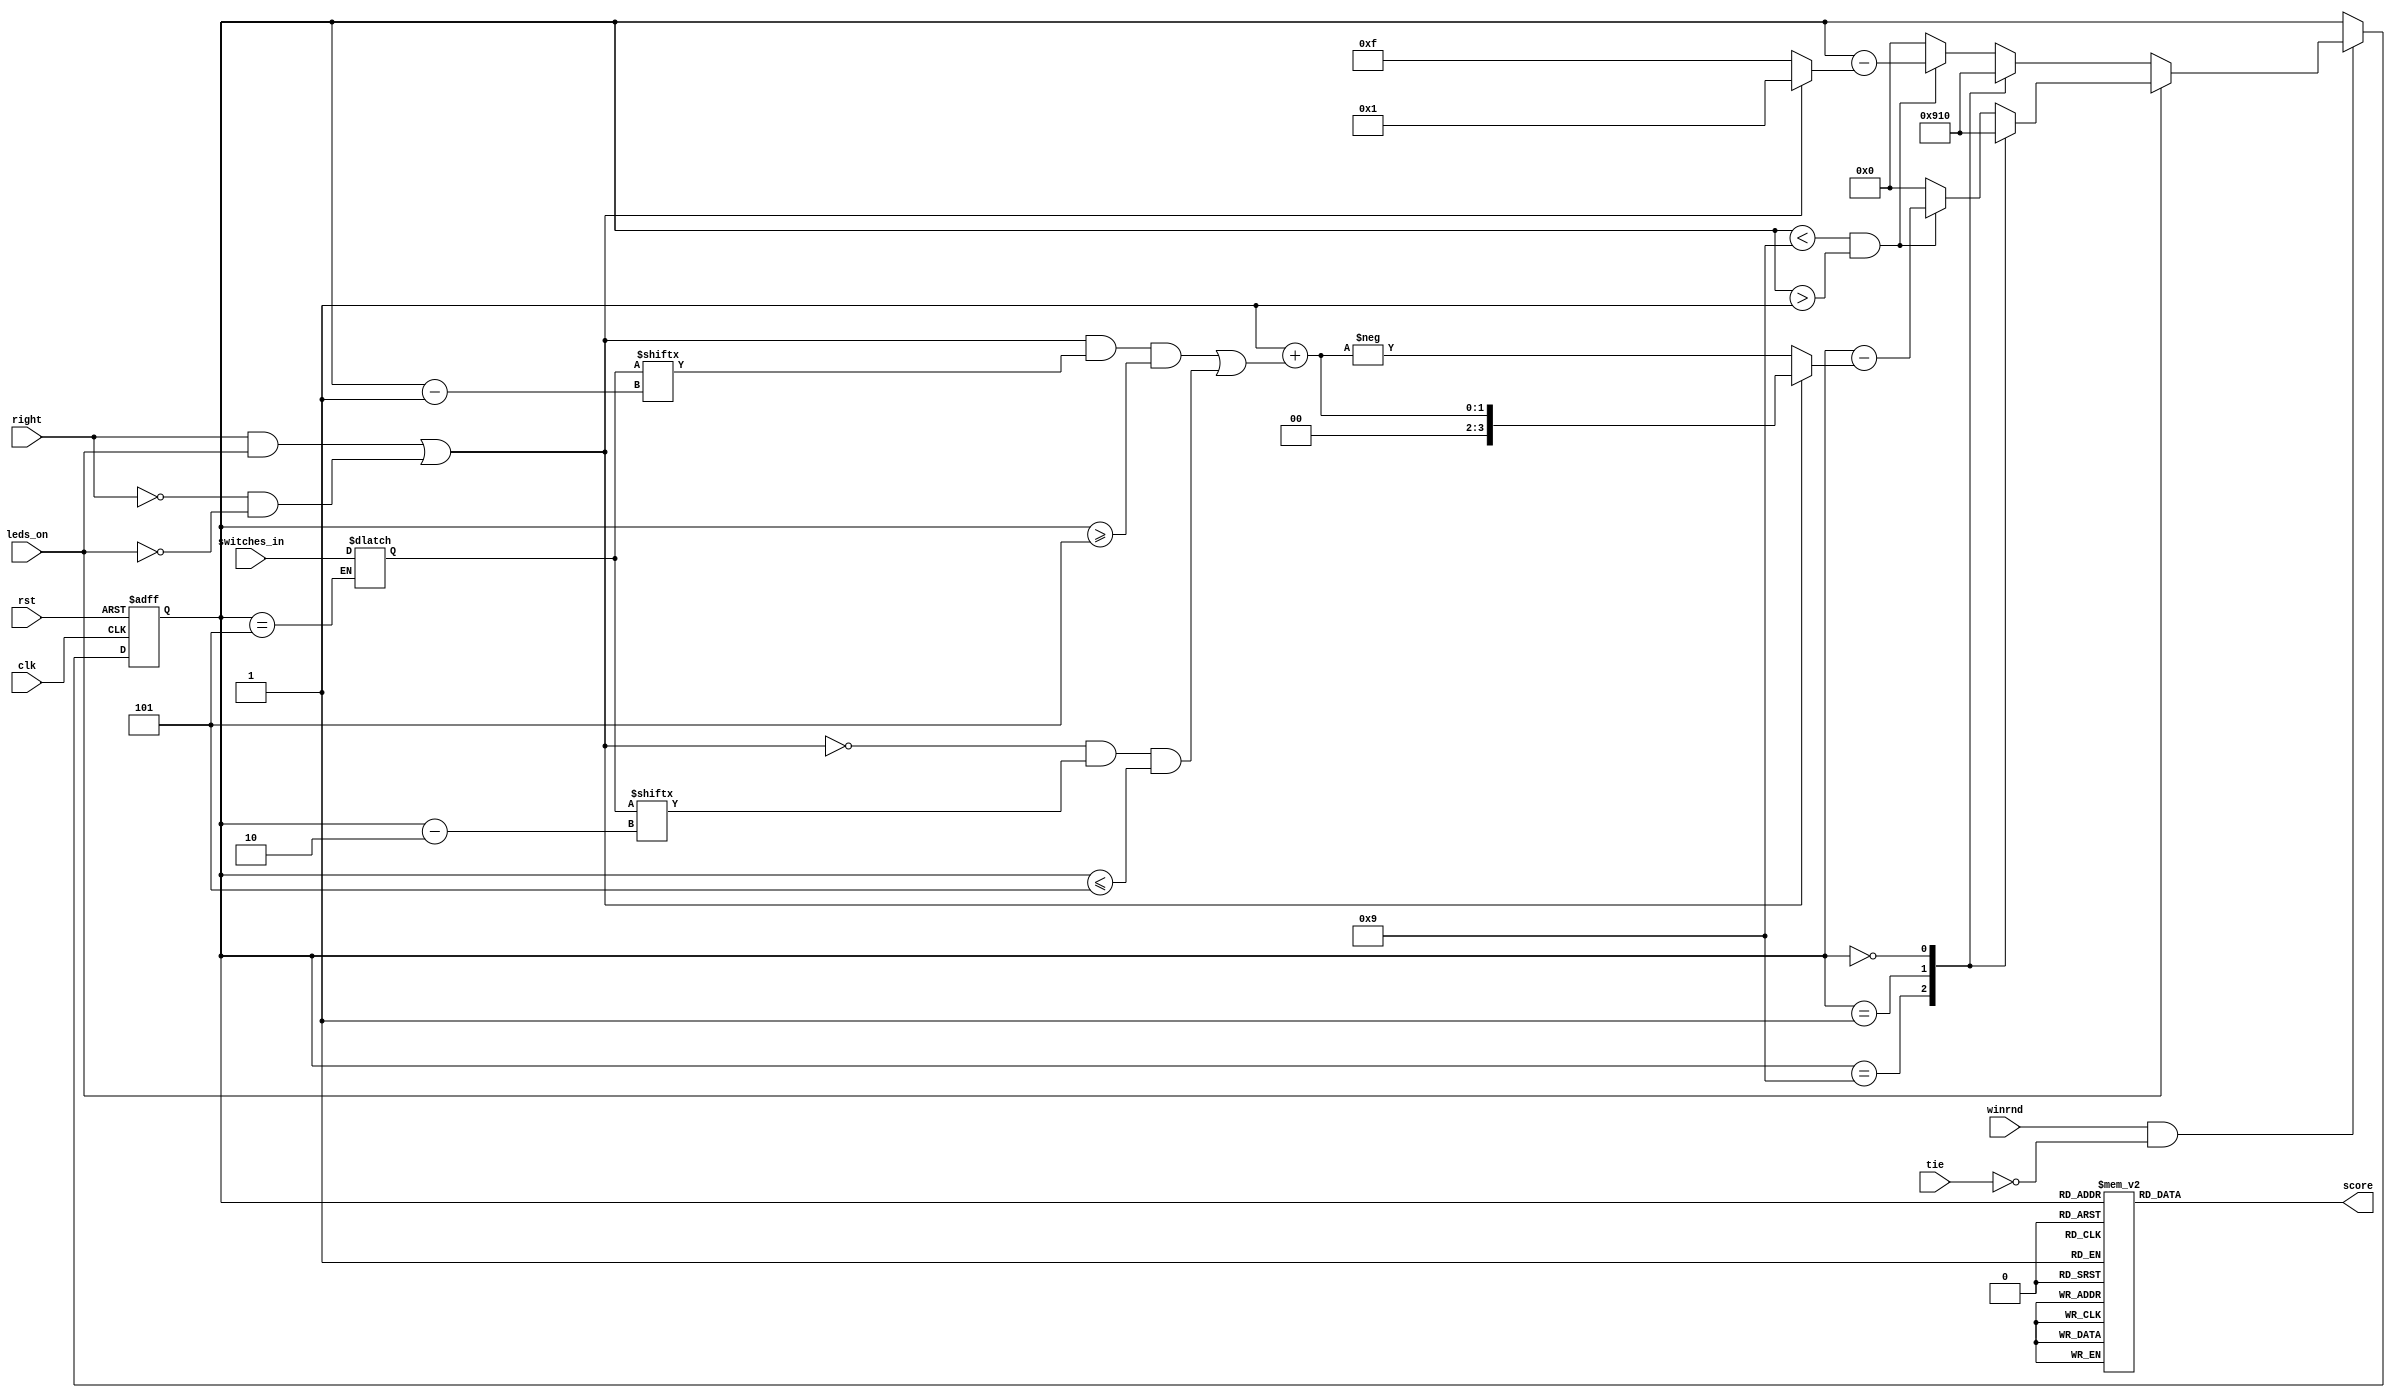
/*
	Authors: Darren Stahl, Hasith Vidanamadura, Robert Nelson
    Date: December 6th 2013
	First template by: Gord Allan - gallan@doe.carleton.ca
*/

// =======================================================================================
// SCORER
//	- resets to Neutral
//	- advances on winrnd
//	- determines who won the point based on leds_on, switches, tie, and right control signals
//	- outputs the score as an 8 bit word (L3 L2 L1 N*2 R1 R2 R3)
//      - a win shows up as either (1 1 1 0 0 0 0 0) if WL or (0 0 0 0 0 1 1 1) if WR
//----------------------------------------------------------------------------------------

module scorer(clk, rst, tie, right, winrnd, leds_on, switches_in, score);
	`define WR     	1
	`define R3     	2
    `define R2		3
	`define R1  	4
	`define N   	5
	`define L1  	6
	`define L2  	7
	`define L3		8
	`define WL  	9
	`define SCORER_ERROR   0

	input clk;		// input clk 
	input rst;		// asynchronous reset
	input right;		// indicates who was pushed first 
	input leds_on;		// used to indicate whether the light's were on to determine a jump-the-light
    input tie;
	input winrnd;		// one-cycle pulse that someone has pushed
	input [7:0]switches_in;
	output reg [7:0] score;	//  MSB 5 [WL L2 L1 0 R1 R2 WR] LSB 0

	reg [3:0] state;	// One of WL, WR, L1, L2, L3, R1, R2, R3 or ERROR
	reg [3:0] nxtstate;	// C/L
	reg [7:0] switches;

	// SYNCHRONOUS STATE ASSIGNMENT ---------------------------------------------
	always @(posedge clk or posedge rst)
   		if (rst) state <= `N;
   		else state <= nxtstate;
	
    // ========================================================================
    // 
    //  Next State logic:  Determine next-state of scorer based on current state and inputs
    //

    wire mr;            
	wire dbl;
	// move right if right pushed properly, or if left pushed improperly
	assign mr = (right & leds_on) | (~right & ~leds_on);
	assign dbl = (mr & switches[state-1] & (state >= 5)) | (!mr & switches[state-2] & (state <= 5));
	
	always @(state or switches_in)
        if (state == `N)
            switches[7:0] <= switches_in[7:0];
        else
            switches[7:0] <= switches[7:0];
	
	always @(state or mr or leds_on or winrnd or dbl or tie) begin
		nxtstate = state;
        if(winrnd & ~tie) begin
    		if(leds_on)         // Proper pushes (uses favour the loser options)
    			case(state)
    			`WL:	nxtstate = `WL;
    			`WR:	nxtstate = `WR;
				`SCORER_ERROR: nxtstate = `SCORER_ERROR;
    			default: begin
					if (state < `WL && state > `WR)
						nxtstate = state - (mr ? (1 + dbl) : - (1 + dbl));
					else nxtstate = `SCORER_ERROR;
				end
    			endcase
    		else	            // the leds were off, player jumped the light
    			case(state)
    			`WL:	nxtstate = `WL;
    			`WR:	nxtstate = `WR;
				`SCORER_ERROR: nxtstate = `SCORER_ERROR;
    			default: begin
					if (state < `WL && state > `WR)
						nxtstate = state - (mr ? 1 : -1);
					else nxtstate = `SCORER_ERROR;
				end
    			endcase
        end
    end


    // output logic - what value of 'score' should show based on the internal state
	always @(state)	
		case(state)
		`WL:		score = 8'b11100000;
		`L3:		score = 8'b10000000;
		`L2:		score = 8'b01000000;
		`L1:		score = 8'b00100000;
		`N:			score = 8'b00011000;
		`R1:		score = 8'b00000100;
		`R2:		score = 8'b00000010;
		`R3:		score = 8'b00000001;
		`WR:		score = 8'b00000111;
		default: 	score = 8'b10100101;
		endcase

endmodule